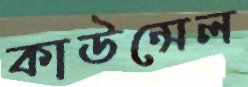
কাউন্সেল